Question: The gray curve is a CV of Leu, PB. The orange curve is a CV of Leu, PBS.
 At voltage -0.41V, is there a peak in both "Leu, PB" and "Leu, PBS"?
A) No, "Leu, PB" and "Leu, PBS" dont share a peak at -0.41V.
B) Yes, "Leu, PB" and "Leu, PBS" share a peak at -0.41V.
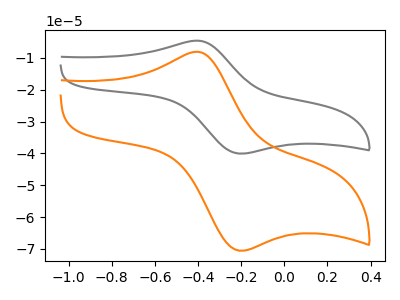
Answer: <think>The gray curve "Leu, PB" has an anodic peak at (-0.40V, -4.60uA) and a cathodic peak at (-0.20V, -40.05uA). The orange curve "Leu, PBS" has an anodic peak at (-0.40V, -8.10uA) and a cathodic peak at (-0.20V, -70.55uA).</think>
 <answer>B) Yes, "Leu, PB" and "Leu, PBS" share a peak at -0.41V.</answer>
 <eval>B</eval>